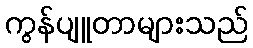
ကွန်ပျူတာများသည်